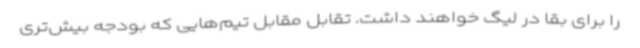
را برای بقا در لیگ خواهند داشت. تقابل مقابل تیم‌هایی که بودجه بیش‌تری